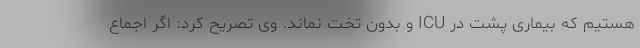
هستیم که بیماری پشت در ICU و بدون تخت نماند. وی تصریح کرد: اگر اجماع